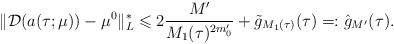
\begin{align*} \|\mathcal{D}(a(\tau;\mu))-\mu^0\|_L^*\leqslant 2 \frac{M'}{M_1(\tau)^{2m_0'}}+ \tilde g_{M_1(\tau)}(\tau)=: {\hat g}_{M'}(\tau). \end{align*}